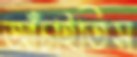
আঁচাইতিস